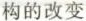
构的改变